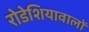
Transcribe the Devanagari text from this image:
रोडेशियावालों